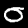
Digit: 0